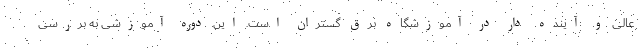
عالی و آینده دار در آموزشگاه برق گستران است. این دوره آموزشی به بررسی